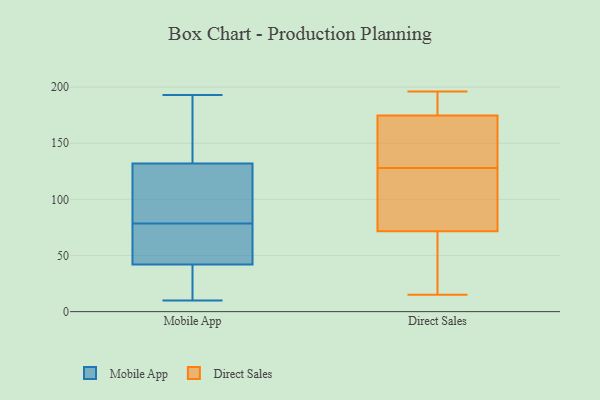
{"axis": {"x": "Population (Million)", "y": "Value"}, "legend": ["Direct Sales", "Mobile App"], "data": [{"x": "", "y": 79, "type": "Mobile App"}, {"x": "", "y": 78, "type": "Mobile App"}, {"x": "", "y": 48, "type": "Mobile App"}, {"x": "", "y": 18, "type": "Mobile App"}, {"x": "", "y": 36, "type": "Mobile App"}, {"x": "", "y": 24, "type": "Mobile App"}, {"x": "", "y": 131, "type": "Mobile App"}, {"x": "", "y": 186, "type": "Mobile App"}, {"x": "", "y": 137, "type": "Mobile App"}, {"x": "", "y": 76, "type": "Mobile App"}, {"x": "", "y": 30, "type": "Mobile App"}, {"x": "", "y": 10, "type": "Mobile App"}, {"x": "", "y": 148, "type": "Mobile App"}, {"x": "", "y": 99, "type": "Mobile App"}, {"x": "", "y": 91, "type": "Mobile App"}, {"x": "", "y": 49, "type": "Mobile App"}, {"x": "", "y": 115, "type": "Mobile App"}, {"x": "", "y": 193, "type": "Mobile App"}, {"x": "", "y": 61, "type": "Mobile App"}, {"x": "", "y": 133, "type": "Mobile App"}, {"x": "", "y": 26, "type": "Direct Sales"}, {"x": "", "y": 39, "type": "Direct Sales"}, {"x": "", "y": 156, "type": "Direct Sales"}, {"x": "", "y": 175, "type": "Direct Sales"}, {"x": "", "y": 57, "type": "Direct Sales"}, {"x": "", "y": 118, "type": "Direct Sales"}, {"x": "", "y": 196, "type": "Direct Sales"}, {"x": "", "y": 128, "type": "Direct Sales"}, {"x": "", "y": 174, "type": "Direct Sales"}, {"x": "", "y": 181, "type": "Direct Sales"}, {"x": "", "y": 15, "type": "Direct Sales"}, {"x": "", "y": 160, "type": "Direct Sales"}, {"x": "", "y": 115, "type": "Direct Sales"}, {"x": "", "y": 121, "type": "Direct Sales"}, {"x": "", "y": 181, "type": "Direct Sales"}]}